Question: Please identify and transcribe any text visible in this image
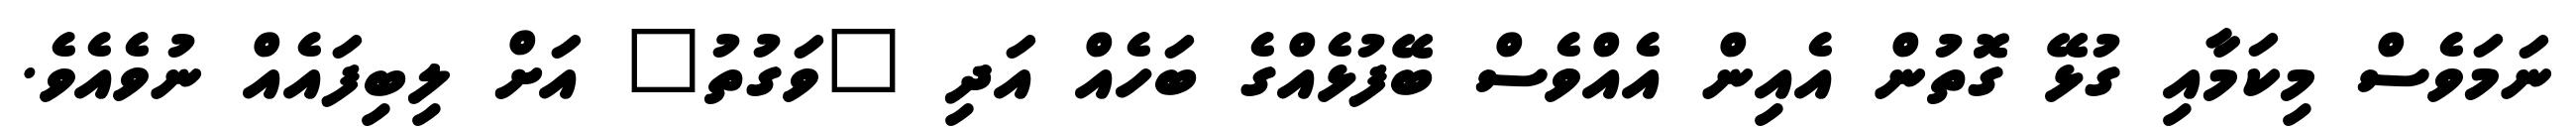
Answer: ނަމަވެސް މިކަމާއި ގުޅޭ ގޮތުން އެއިން އެއްވެސް ބޭފުޅެއްގެ ބަހެއް އަދި "ވަގުތު" އަށް ލިބިފައެއް ނުވެއެވެ.